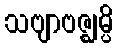
သဗျာဗဇ္ဈမ္ပိ